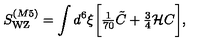
S _ { \mathrm { W Z } } ^ { ( M 5 ) } = \int d ^ { 6 } \xi \biggl [ { \textstyle { \frac { 1 } { 7 0 } } } \tilde { C } + { \textstyle { \frac { 3 } { 4 } } } { \cal H } C \biggr ] ,